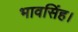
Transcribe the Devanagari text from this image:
भावसिंह।